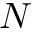
N